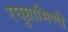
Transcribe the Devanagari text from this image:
रघुग्रामिणी